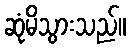
ဆုံမိသွားသည်။